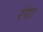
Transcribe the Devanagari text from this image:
रंपा